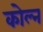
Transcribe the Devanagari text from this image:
कोल्न